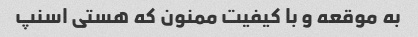
به موقعه و با کیفیت ممنون که هستی اسنپ